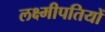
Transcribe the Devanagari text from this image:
लक्ष्मीपतियों